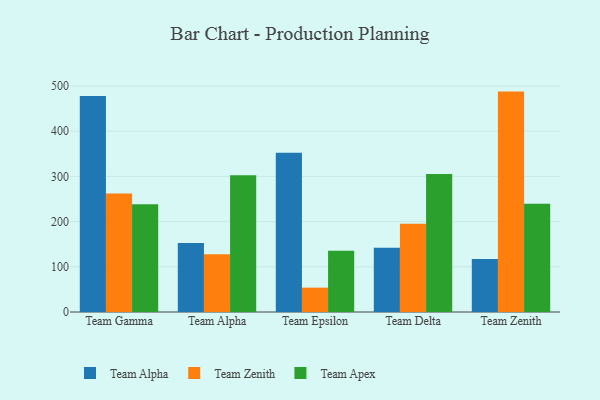
{"axis": {"x": "Team", "y": "Website Visitors"}, "legend": ["Team Alpha", "Team Apex", "Team Zenith"], "data": [{"x": "Team Gamma", "y": 477.7, "type": "Team Alpha"}, {"x": "Team Gamma", "y": 262.1, "type": "Team Zenith"}, {"x": "Team Gamma", "y": 238.6, "type": "Team Apex"}, {"x": "Team Alpha", "y": 152.9, "type": "Team Alpha"}, {"x": "Team Alpha", "y": 128.0, "type": "Team Zenith"}, {"x": "Team Alpha", "y": 302.4, "type": "Team Apex"}, {"x": "Team Epsilon", "y": 352.3, "type": "Team Alpha"}, {"x": "Team Epsilon", "y": 53.9, "type": "Team Zenith"}, {"x": "Team Epsilon", "y": 135.3, "type": "Team Apex"}, {"x": "Team Delta", "y": 142.2, "type": "Team Alpha"}, {"x": "Team Delta", "y": 195.3, "type": "Team Zenith"}, {"x": "Team Delta", "y": 305.3, "type": "Team Apex"}, {"x": "Team Zenith", "y": 117.3, "type": "Team Alpha"}, {"x": "Team Zenith", "y": 487.6, "type": "Team Zenith"}, {"x": "Team Zenith", "y": 239.7, "type": "Team Apex"}]}